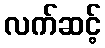
လက်ဆင့်